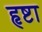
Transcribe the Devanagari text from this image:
हृष्टा